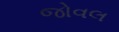
જોવલ